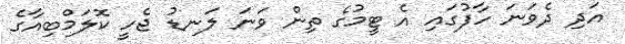
އަދި ދެވަނަ ހާފުގައި އެ ޓީމުގެ ތިން ވަނަ ލަނޑު ޖެހީ ކޮލަމްބިއާގެ